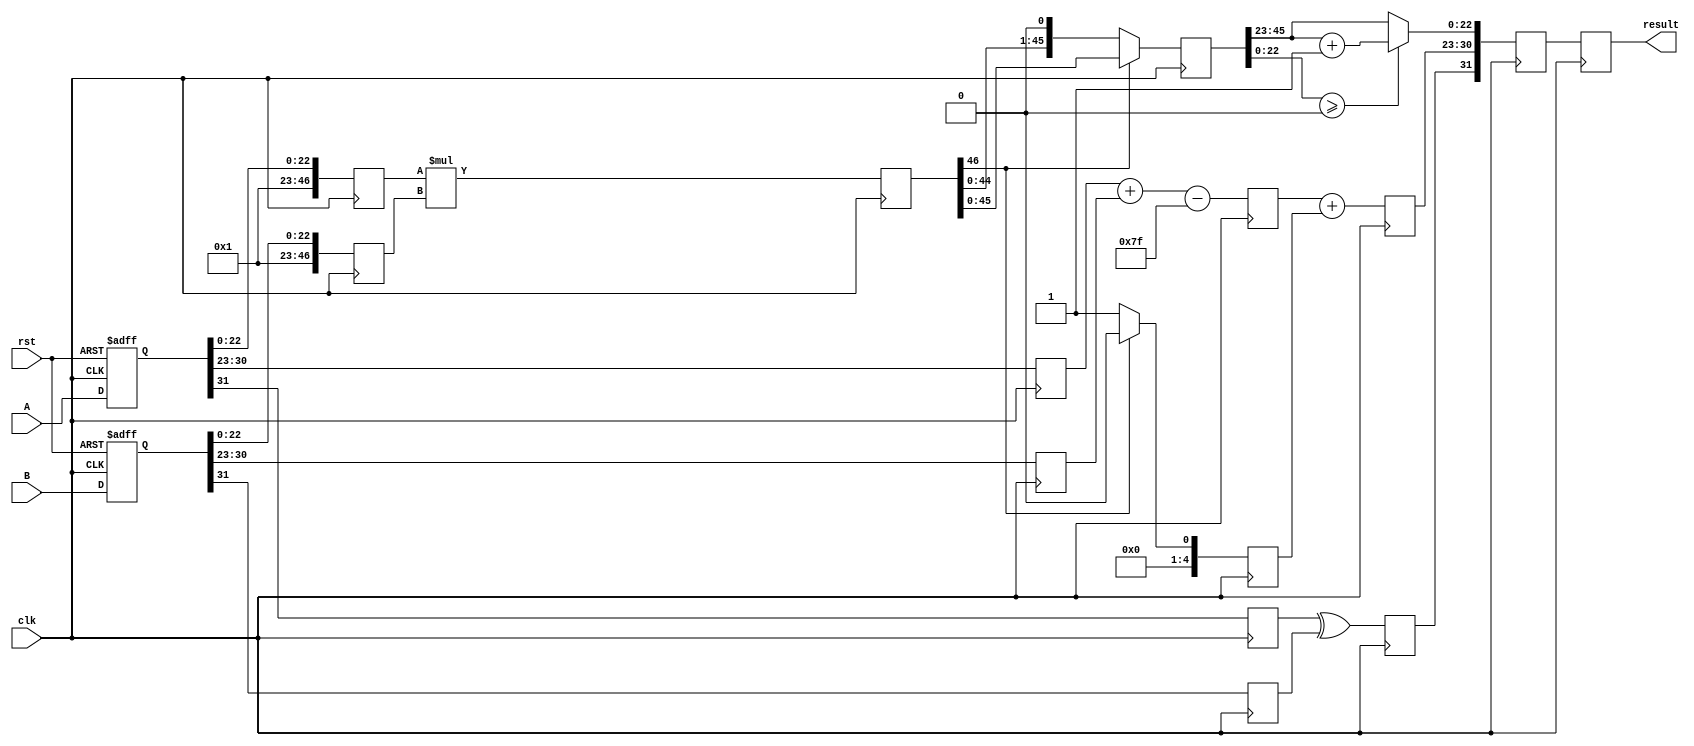
module floating_point_multiplier (
    input clk,
    input rst,
    input [31:0] A, // First floating-point number
    input [31:0] B, // Second floating-point number
    output reg [31:0] result // Resultant floating-point number
);

// Internal Registers
reg [31:0] stage1_reg_A, stage1_reg_B; // Stage 1 Register
reg [46:0] mantissa_A, mantissa_B, mantissa_product; // For Mantissa multiplication
reg [7:0] exponent_A, exponent_B, exponent_result; // For Exponent calculation
reg sign_A, sign_B, sign_result; // For sign bits
reg [46:0] mantissa_normalized; // Normalized Mantissa
reg [7:0] exponent_adjusted; // Adjusted Exponent
reg [31:0] rounded_result; // Rounded Result
reg [4:0] normalization_shift; // For normalization shift

// Stage 1: Input Register
always @(posedge clk or posedge rst) begin
    if (rst) begin
        stage1_reg_A <= 32'b0;
        stage1_reg_B <= 32'b0;
    end
    else begin
        stage1_reg_A <= A;
        stage1_reg_B <= B;
    end
end

// Stage 2: Mantissa Multiplication
always @(posedge clk) begin
    sign_A <= stage1_reg_A[31];
    sign_B <= stage1_reg_B[31];
    exponent_A <= stage1_reg_A[30:23];
    exponent_B <= stage1_reg_B[30:23];
    mantissa_A <= {1'b1, stage1_reg_A[22:0]}; // Normalize A
    mantissa_B <= {1'b1, stage1_reg_B[22:0]}; // Normalize B
    mantissa_product <= mantissa_A * mantissa_B; // 23 + 23 -> 46 bit product
end

// Stage 3: Exponent Calculation
always @(posedge clk) begin
    exponent_result <= exponent_A + exponent_B - 8'd127; // Subtract Bias
    sign_result <= sign_A ^ sign_B; // XOR for Sign Bit
end

// Stage 4: Normalization
always @(posedge clk) begin
    if (mantissa_product[46]) begin
        mantissa_normalized <= mantissa_product; // No shift needed
        normalization_shift <= 5'd0;
    end else begin
        mantissa_normalized <= mantissa_product << 1; // Shift left
        normalization_shift <= 5'd1;
    end
    exponent_adjusted <= exponent_result + normalization_shift; // Adjust exponent
end

// Stage 5: Rounding
always @(posedge clk) begin
    // Implement simple rounding to nearest even
    // Adjust mantissa based on rounding decision
    if (mantissa_normalized[22:0] >= 23'b1000000_0000000_0000000_0000000) begin
        rounded_result <= {sign_result, exponent_adjusted, mantissa_normalized[45:23] + 1'b1};
    end else begin
        rounded_result <= {sign_result, exponent_adjusted, mantissa_normalized[45:23]};
    end
end

// Stage 6: Output Register
always @(posedge clk) begin
    result <= rounded_result;
end

endmodule